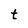
Character: t